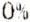
0%